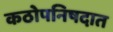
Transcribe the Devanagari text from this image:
कठोपनिषदात